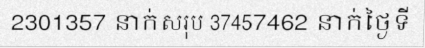
2301357 នាក់សរុប 37457462 នាក់ថ្ងៃទី